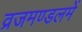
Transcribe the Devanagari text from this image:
व्रजमण्डलमें